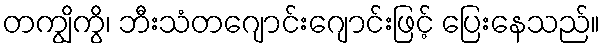
တကျွိကွိ၊ ဘီးသံတဂျောင်းဂျောင်းဖြင့် ပြေးနေသည်။